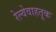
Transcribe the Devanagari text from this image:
रेल्वेवाहतूक